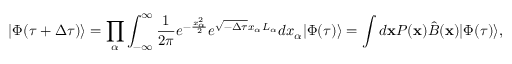
| \Phi ( \tau + \Delta \tau ) \rangle = \prod _ { \alpha } \int _ { - \infty } ^ { \infty } \frac { 1 } { 2 \pi } e ^ { - \frac { x _ { \alpha } ^ { 2 } } { 2 } } e ^ { \sqrt { - \Delta \tau } x _ { \alpha } L _ { \alpha } } d x _ { \alpha } | \Phi ( \tau ) \rangle = \int d \mathbf { x } P ( \mathbf { x } ) \hat { B } ( \mathbf { x } ) | \Phi ( \tau ) \rangle ,